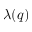
\lambda ( q )